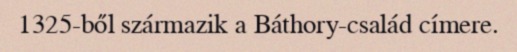
1325-ből származik a Báthory-család címere.